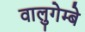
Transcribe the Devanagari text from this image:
वालुगेम्बे